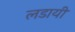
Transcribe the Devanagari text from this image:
लडायी